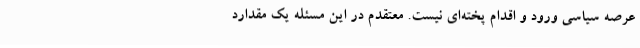
عرصه سیاسی ورود و اقدام پخته‌ای نیست. معتقدم در این مسئله یک مقدارد